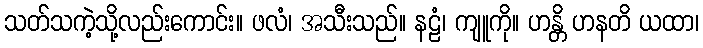
သတ်သကဲ့သို့လည်းကောင်း။ ဖလံ၊ အသီးသည်။ နဠံ၊ ကျူကို။ ဟန္တိ ဟနတိ ယထာ၊